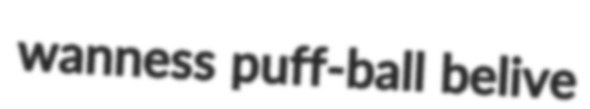
wanness puff-ball belive